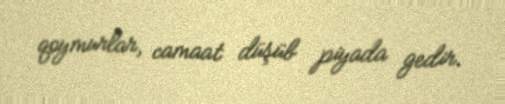
qoymurlar, camaat düşüb piyada gedir.